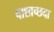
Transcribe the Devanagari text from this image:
पाश्व्रच्छदा